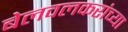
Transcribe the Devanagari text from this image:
बेलवलकरांच्या